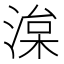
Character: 𭱠